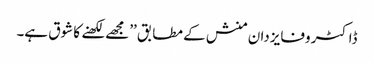
ڈاکٹر وفایزدان منش کے مطابق ’’مجھے لکھنے کا شوق ہے۔